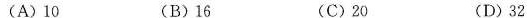
(A)10 (B)16 (C)20 (D)32